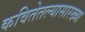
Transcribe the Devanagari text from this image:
कवितेतल्यासारख्या